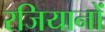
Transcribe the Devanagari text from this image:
रजियानों